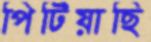
পিটিয়াছি